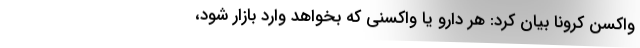
واکسن کرونا بیان کرد: هر دارو یا واکسنی که بخواهد وارد بازار شود،